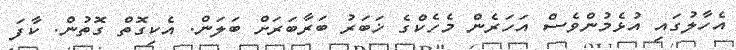
އެހާލުގައި އުޅެމުންވެސް އަހަރެން މެހެކްގެ ޚަބަރު ބަރާބަރަށް ބަލަން. އެކިގޮތް ގޮތުން. ކާފަ